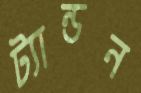
ট্যান্ডন